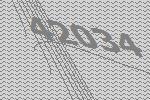
42034